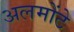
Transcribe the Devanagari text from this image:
अलमोंटे